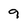
Character: 9